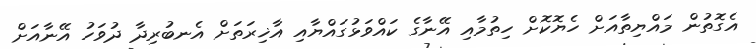
އެގޮތުން މައްޔިތާއަށް ހެޔޮކޮށް ހިތުމާއި އޭނާގެ ކައްވަޅުގައްޔާއި އާޚިރަތަށް އެނބުރިދާ ދުވަހު އޭނާއަށް